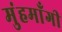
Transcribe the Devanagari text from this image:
मुंहमाँगी